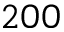
2 0 0